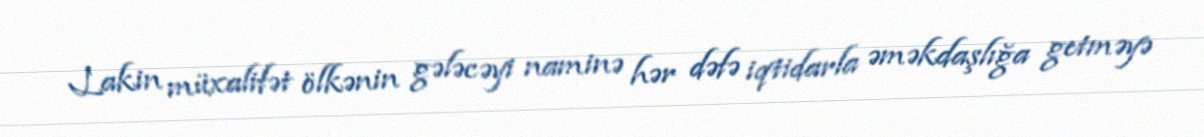
Lakin müxalifət ölkənin gələcəyi naminə hər dəfə iqtidarla əməkdaşlığa getməyə